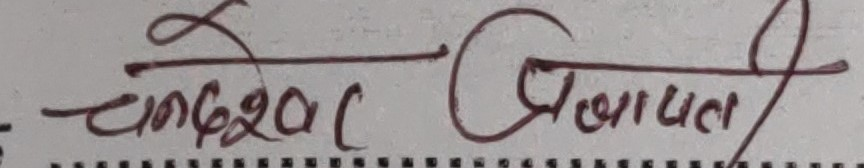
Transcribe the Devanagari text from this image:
चण्डेश्वर पौडेल